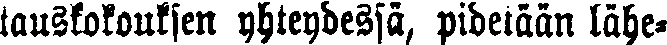
tauskokouksien yhteydessä, pidetään lähe-